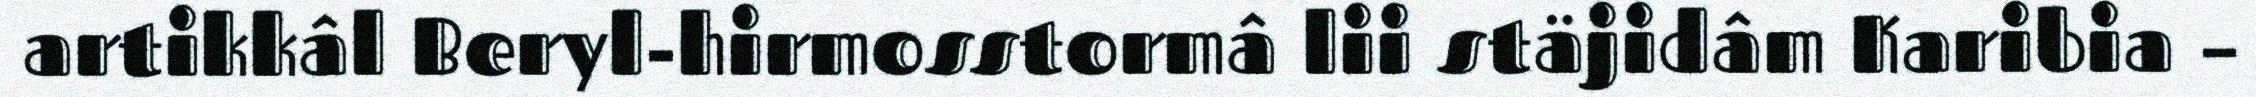
artikkâl Beryl-hirmosstormâ lii stäjidâm Karibia –